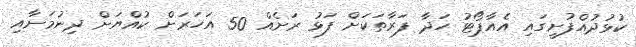
ކުޅުދުއްފުށީގައި އެއާޕޯޓު ހަދާ ފަރާތަކަށް ފަޅު ރަށެއް 50 އަހަރަށް ކުއްޔަށް ދިނުމަށާއި